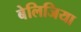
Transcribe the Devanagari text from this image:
बेलिजिया